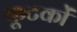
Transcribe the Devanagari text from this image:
कूटकों